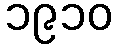
၁၉၁၀